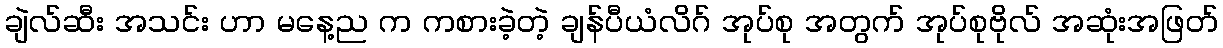
ချဲလ်ဆီး အသင်း ဟာ မနေ့ည က ကစားခဲ့တဲ့ ချန်ပီယံလိဂ် အုပ်စု အတွက် အုပ်စုဗိုလ် အဆုံးအဖြတ်